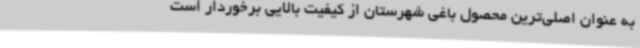
به عنوان اصلی‌ترین محصول باغی شهرستان از کیفیت بالایی برخوردار است